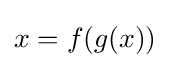
x=f(g(x))